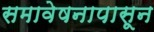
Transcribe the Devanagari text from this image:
समावेषनापासून